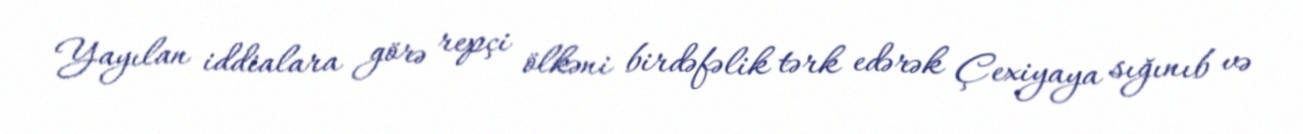
Yayılan iddialara görə repçi ölkəni birdəfəlik tərk edərək Çexiyaya sığınıb və